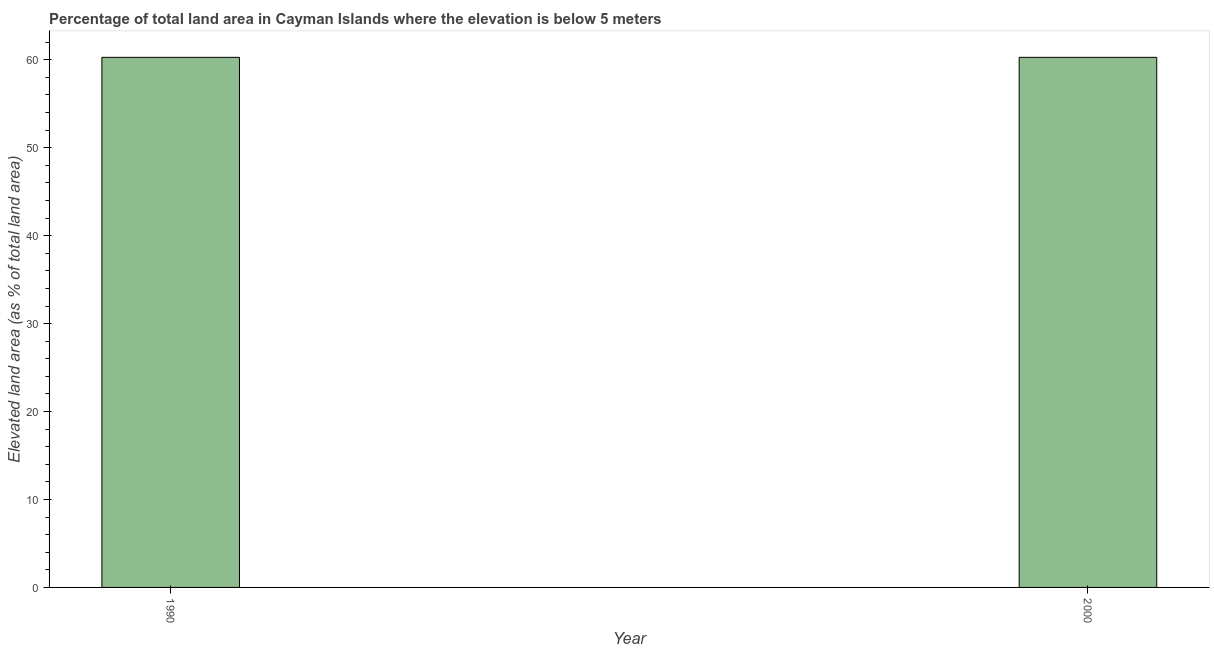
| Year | Land area |
 | --- | --- |
 | 1990 | 60.3 |
 | 2000 | 60.3 |